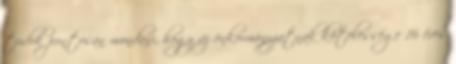
tudok pontosan mondani, hogy az önkormányzatnak kötelessége 16 éves